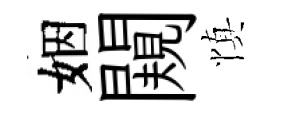
姻闚慎